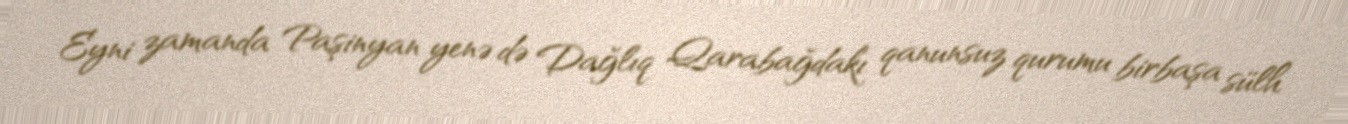
Eyni zamanda Paşinyan yenə də Dağlıq Qarabağdakı qanunsuz qurumu birbaşa sülh